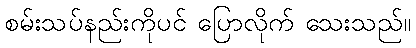
စမ်းသပ်နည်းကိုပင် ပြောလိုက် သေးသည်။